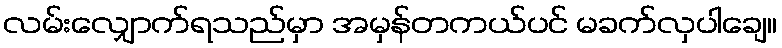
လမ်းလျှောက်ရသည်မှာ အမှန်တကယ်ပင် မခက်လှပါချေ။